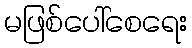
မဖြစ်ပေါ်စေရေး